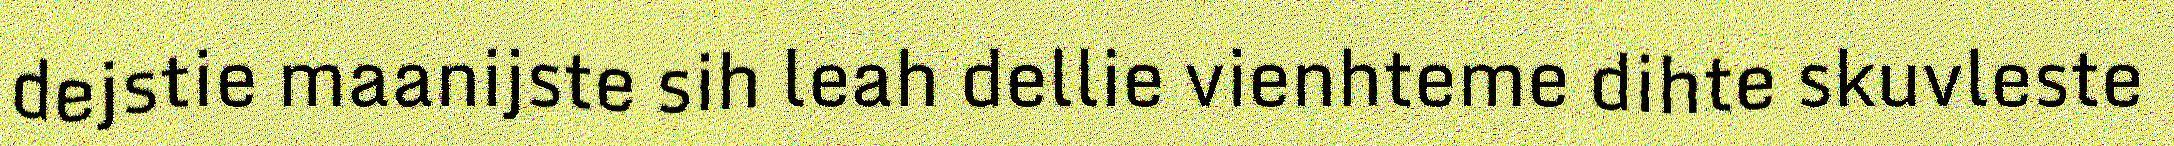
dejstie maanijste sih leah dellie vienhteme dihte skuvleste